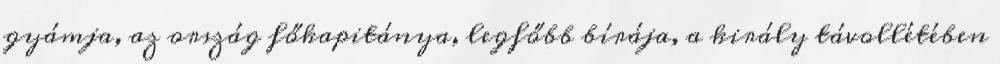
gyámja, az ország főkapitánya, legfőbb bírája, a király távollétében